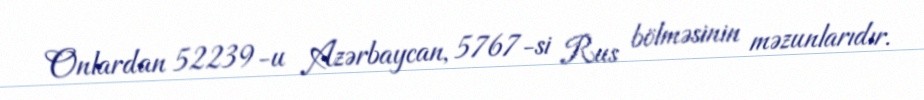
Onlardan 52239-u Azərbaycan, 5767-si Rus bölməsinin məzunlarıdır.